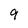
Character: 9